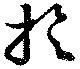
旋